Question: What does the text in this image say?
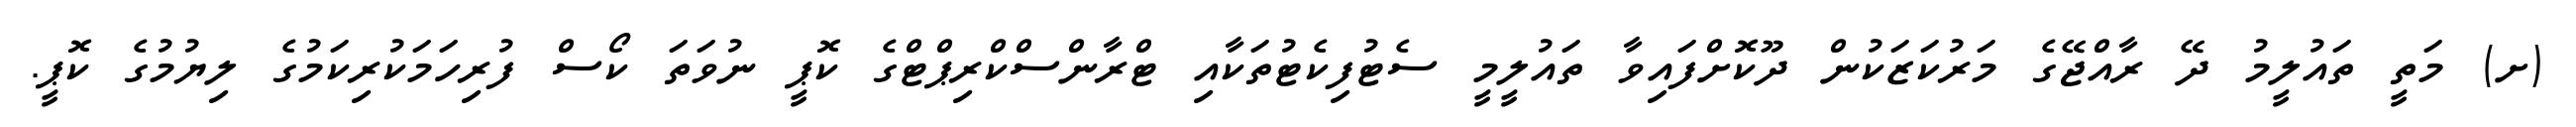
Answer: (ށ) މަތީ ތައުލީމު ދޭ ރާއްޖޭގެ މަރުކަޒަކުން ދޫކޮށްފައިވާ ތައުލީމީ ސެޓުފިކެޓުތަކާއި ޓްރާންސްކްރިޕްޓްގެ ކޮޕީ ނުވަތަ ކޯސް ފުރިހަމަކުރިކަމުގެ ލިޔުމުގެ ކޮޕީ.